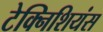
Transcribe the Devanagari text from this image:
टेक्निशियंस